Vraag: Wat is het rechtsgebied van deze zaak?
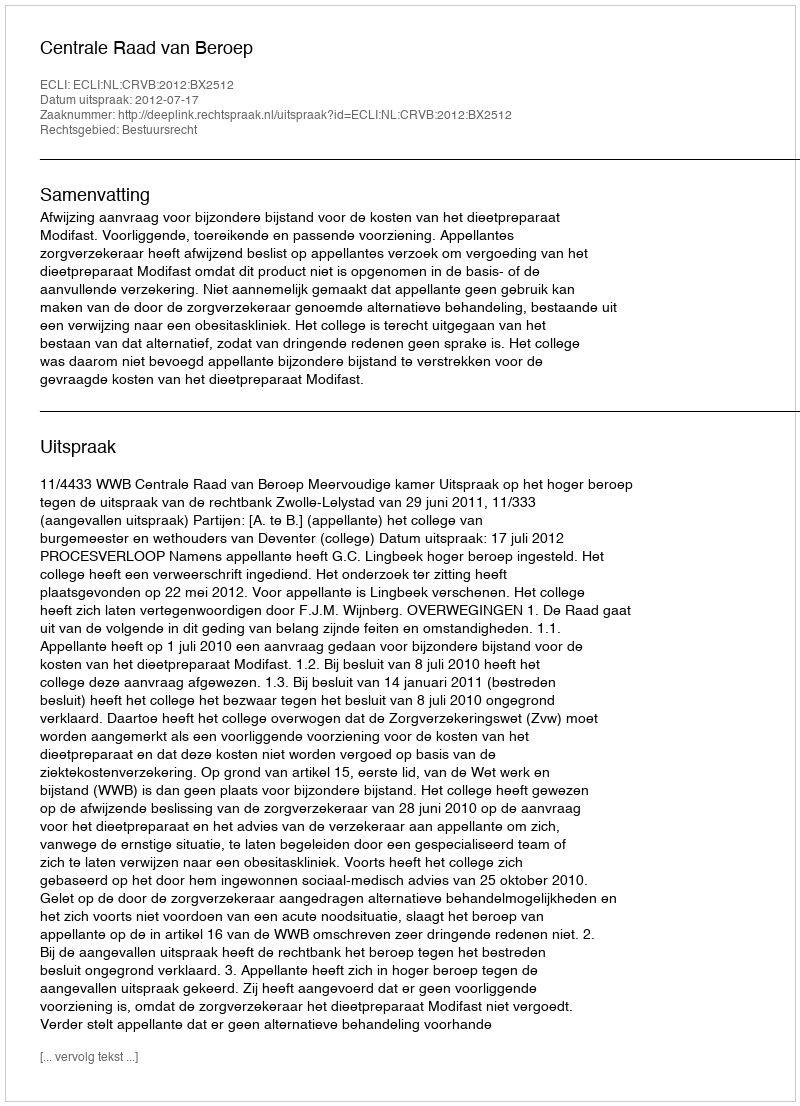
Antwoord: Bestuursrecht